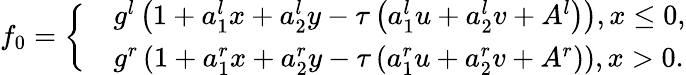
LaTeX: {{f}_{0}}=\left\{ \begin{array}{rl}&{{{g}^{l}}\left(1+a_{1}^{l}x+a_{2}^{l}y-\tau\left(a_{1}^{l}u+a_{2}^{l}v+{{A}^{l}}\right)\right),x\le 0,}\\ &{{{g}^{r}}\left(1+a_{1}^{r}x+a_{2}^{r}y-\tau\left(a_{1}^{r}u+a_{2}^{r}v+{{A}^{r}}\right)\right),x>0.}\end{array}\right.